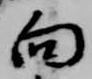
向